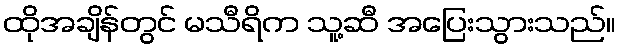
ထိုအချိန်တွင် မသီရိက သူ့ဆီ အပြေးသွားသည်။